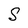
Character: S